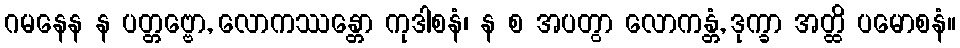
ဂမနေန န ပတ္တဗ္ဗော, လောကဿန္တော ကုဒါစနံ၊ န စ အပတွာ လောကန္တံ, ဒုက္ခာ အတ္ထိ ပမောစနံ။